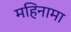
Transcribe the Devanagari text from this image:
महिनामा